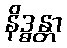
နိဒ္ဓန္တာ